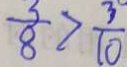
\frac { 3 } { 8 } > \frac { 3 } { 1 0 }